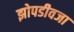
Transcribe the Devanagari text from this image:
झोपडीवजा